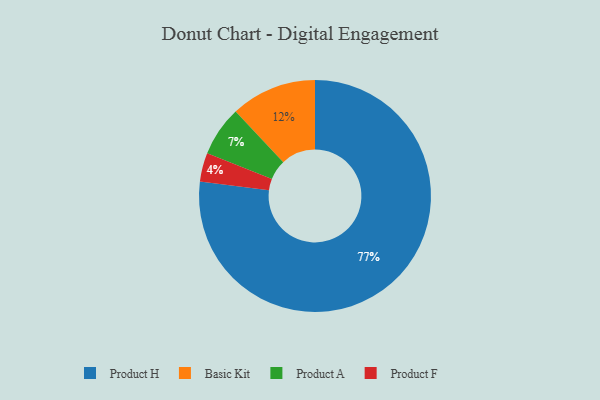
{"axis": {"x": "Category", "y": "Percentage"}, "legend": ["Basic Kit", "Product A", "Product F", "Product H"], "data": [{"x": "Product F", "y": 4, "type": "Product F"}, {"x": "Product H", "y": 77, "type": "Product H"}, {"x": "Product A", "y": 7, "type": "Product A"}, {"x": "Basic Kit", "y": 12, "type": "Basic Kit"}]}